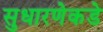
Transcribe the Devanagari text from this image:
सुधारणेकडे